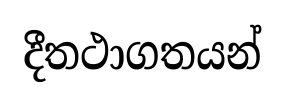
දීතථාගතයන්